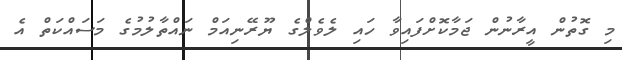
މި ގޮތުން އީރާނުން ޖަމާކޮށްފައިވާ ހައި ލެވެލްގެ ޔޫރޭނިއަމް ނައްތާލުމުގެ މަސައްކަތް އެ